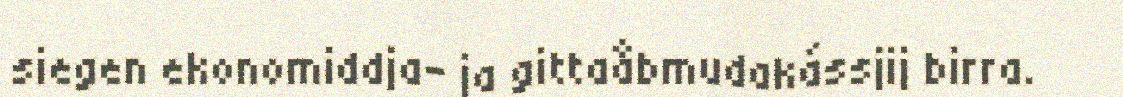
siegen ekonomiddja- ja gittaåbmudakássjij birra.